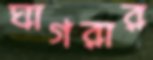
ঘাগরার